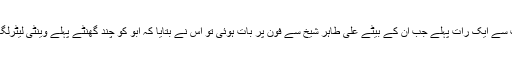
ان کی رحلت سے ایک رات پہلے جب ان کے بیٹے علی طاہر شیخ سے فون پر بات ہوئی تو اس نے بتایا کہ ابو کو چند گھنٹے پہلے وینٹی لیٹرلگا دیا گیا ہے۔